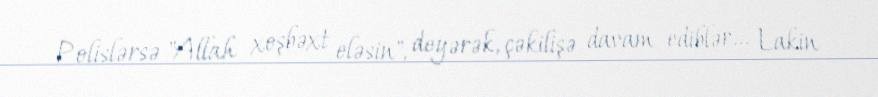
Polislərsə "Allah xoşbəxt eləsin", deyərək, çəkilişə davam ediblər... Lakin